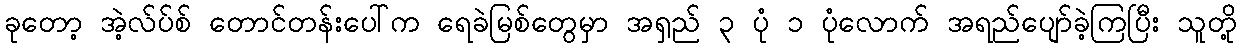
ခုတော့ အဲ့လ်ပ်စ် တောင်တန်းပေါ်က ရေခဲမြစ်တွေမှာ အရှည် ၃ ပုံ ၁ ပုံလောက် အရည်ပျော်ခဲ့ကြပြီး သူတို့